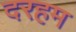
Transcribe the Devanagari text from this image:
दरहम